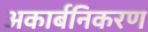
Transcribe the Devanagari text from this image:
अकार्बनिकरण